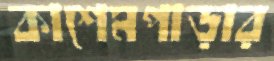
কাশেমপাড়ার